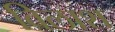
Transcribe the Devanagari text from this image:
विलाश